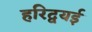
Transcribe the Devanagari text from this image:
हरिद्वयई